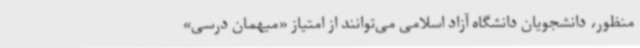
منظور، دانشجویان دانشگاه آزاد اسلامی می‌توانند از امتیاز «میهمان درسی»